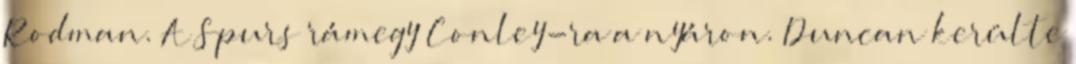
Rodman. A Spurs rámegy Conley-ra a nyáron. Duncan kerülte